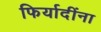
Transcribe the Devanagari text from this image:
फिर्यादींना